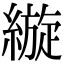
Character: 縼